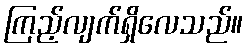
ကြည့်လျက်ရှိလေသည်။